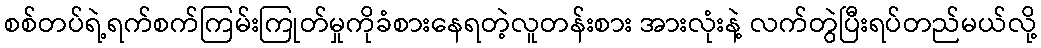
စစ်တပ်ရဲ့ရက်စက်ကြမ်းကြုတ်မှုကိုခံစားနေရတဲ့လူတန်းစား အားလုံးနဲ့ လက်တွဲပြီးရပ်တည်မယ်လို့